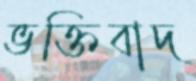
ভক্তিবাদ